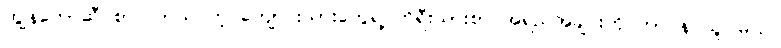
ကျွန်တော်ဆီ စာ လာသင်တဲ့ ကျောင်းသားတွေရဲ့ ကိုရီးယားစာ အရည်အချင်းကို တာဝန် ယူပါမယ်။